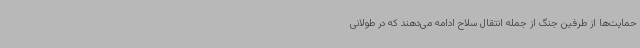
حمایت‌ها از طرفین جنگ از جمله انتقال سلاح ادامه می‌دهند که در طولانی